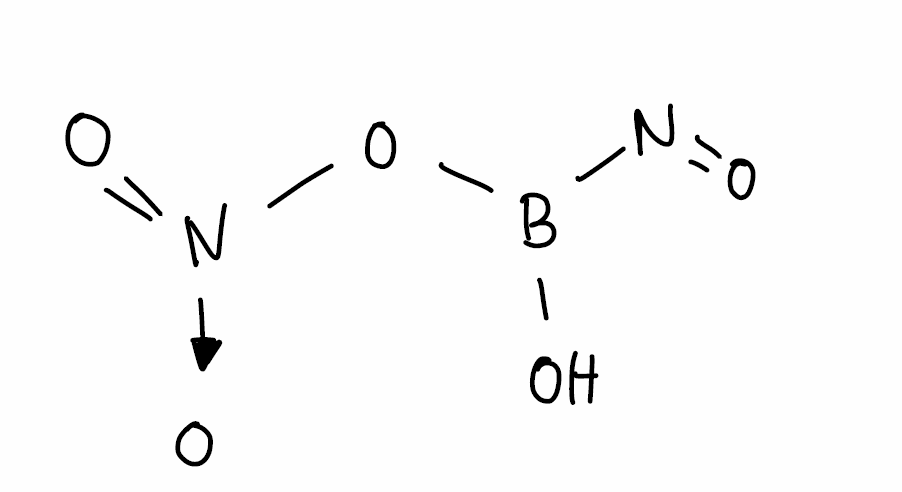
Simplified molecular-input line-entry system (SMILES) notation of the given molecule:
B(N=O)(O)O[N+](=O)[O-]